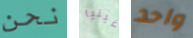
نحن غينيا واحد